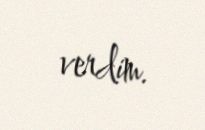
verdim.